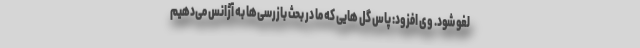
لغو شود. وی افزود: پاس گل هایی که ما در بحث بازرسی‌ها به آژانس می‌دهیم